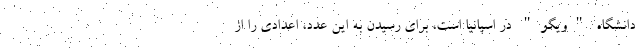
دانشگاه "ویگو" در اسپانیا است، برای رسیدن به این عدد، اعدادی را از